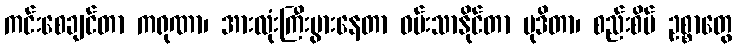
ကင်းစေချင်တာ ကရုဏာ၊ အားလုံးကြီးပွားနေတာ ဝမ်းသာနိုင်တာ မုဒိတာ၊ စည်းစိမ် ဥစ္စာတွေ